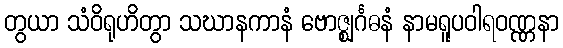
တွယာ သံဝိရုဟိတွာ သဃာနကာနံ ဗောဇ္ဈင်္ဂဓနံ နာမရူပဝါရဝဏ္ဏနာ